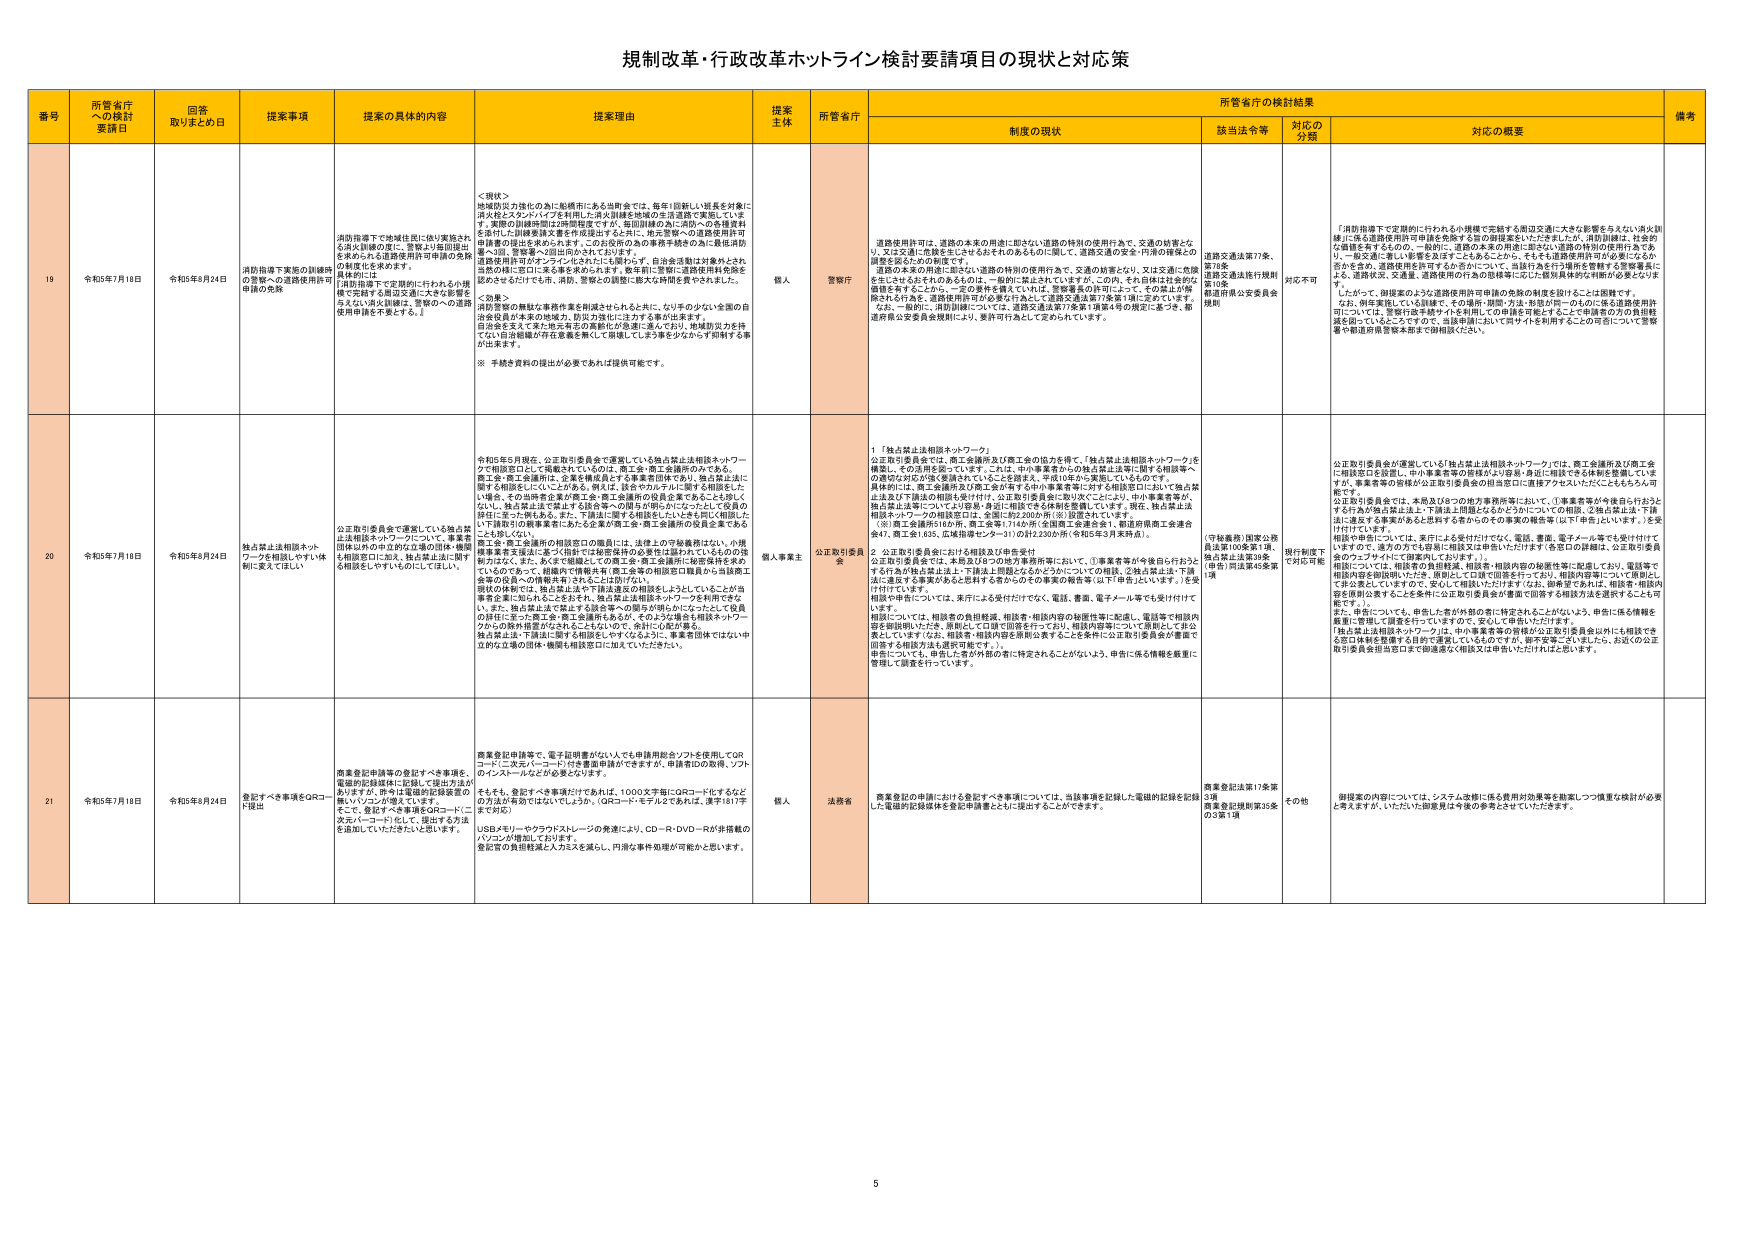
規制改革・行政改革ホットライン検討要請項目の現状と対応策

番号 所管省庁への検討要請日 回答取りまとめ日 提案事項 提案の具体的内容 提案理由 提案主体 所管省庁 制度の現状 所管省庁の検討結果 備考
該当法令等 対応の分類 対応の概要

19 令和5年7月18日 令和5年8月24日 消防指導下実施の訓練時の警察への道路使用許可申請の免除 消防指導下実施の訓練時 6県4市からも道路使用許可申請の免除 の制度化を求める。 具体的には 「消防指導下で定期的に行われる小規模で実施する周辺交通に大きな影響を与えない消防訓練は、警察への道路使用申請を不要とする。」 ＜現状＞ 地域防災力強化の為に船橋市にある出町会では、毎年1回新しい班長を対象に 消火栓とスタンドパイプを利用した消火訓練を地域の生活道路で実施しています。実際の訓練時間は2時間程度ですが、毎回訓練の為に消防への各種資料を添付した訓練要請文書を作成提出する以外、特に警察への道路使用許可申請書の提出を求められます。この主役の為の各種手続をの為に最低通勤費+1回、警察署へ2回出向かなければなりません。 道路使用許可がずラリとされたりも関係なく、自治会活動は対象外とされ た場合、消防指導下で実施する訓練は、警察への道路使用許可申請の免除を認めさせなければなりません。消防、警察との調整に膨大な時間を費やされ、また、 ＜効果＞ 消防警察の無駄な事務作業を削減させられると共に、なり手の少ない全国の自治会役員が本来の地域力、防災力強化に注力する事が出来ます。 自治会を支えて来た地元有志の英断にが急速に進んでおり、地域防災力を持てない自治体職が存在を無視を無くして崩壊してしまう事を少なくなり抑制する事が出来ます。 ※ 手続き資料の提出が必要であれば提供可能です。 個人 警察庁 道路使用許可は、道路の本来の用途に即さない道路の特別の使用行為で、交通の妨害とな り、又は交通に悪影響を生じさせるおそれのあるものに関して、道路交通の安全・円滑の確保上の 調整を図るための制度です。 道路の本来の用途に即さない道路の特別の使用行為で、交通の妨害となり、又は交通に危険 を生じさせるおそれのあるものは、一般的に禁止されていますが、この内、それ自体は社会的な 傷害を有するにかかわらず、一定の要件を備えていれば、警察署長の許可によって、その禁止が解 除される行為を、道路使用許可が必要な行為として道路交通法第77条第1項に定めています。 なお、一般的に、消防訓練については、道路交通法第77条第1項第4号の規定に基づき、都 道府県公安委員会規則により、免許が可能として定められています。 道路交通法第77条、 第78条 道路交通法施行規則 第10条 都道府県公安委員会 規則 対応不可 「消防指導下で定期的に行われる小規模で実施する周辺交通に大きな影響を与えない消火訓練」に係る道路使用許可申請を免除する旨の制度案をいただきましたが、消防訓練は、社会的な傷害を有するものの一一般的に、道路の本来の用途に即さない道路の特別の使用行為であり、一般交通に著しい影響を及ぼすこともあることから、それらを道路使用許可が必要になるか否かを含め、道路使用を許可するか否かについて、当該行為を行う機関を管轄する警察署長による、道路状況、交通量、道路使用の行為の態様等に応じた個別具体的な判断が必要となります。 したがって、現提案のような道路使用許可申請の免除の制度を設けることは困難です。 なお、例年実施している訓練で、その場所・期間・方法・参加者等一切の心・体と道路使用許可については、警察行政手続サイトを利用しており申請を可能とするごと申請者の方の負担軽減を図っているところですので、当該申請において同サイトを利用することの可否について警察署や都道府県警察本部まで御相談ください。

20 令和5年7月18日 令和5年8月24日 独占禁止法相談ネットワークを相談しやすい体制に変えてほしい 公正取引委員会で運営している独占禁止法相談ネットワークについて、事業者団体以外の独立的な場の団体・機関も相談窓口に加え、独占禁止法に関する相談をしやすいものにしてほしい。 令和5年5月現在、公正取引委員会で運営している独占禁止法相談ネットワークで相談窓口として掲載されているのは、商工会・商工会議所のみである。 商工会・商工会議所は、企業を構成員とする事業者団体であり、独占禁止法に関する相談をしたいたいことがある。例えば、該当やカウンセリングに関する相談をしたいた場合、その当該者企業が商工会・商工会議所の役員企業であることも珍しくない。独占禁止法で禁止する行為をやった団体が相談したいたことについて役員の団体に至った事もある。また、下請法に関する相談をしたい方も相談したいたい。下請取引の紛争案件における企業が商工会・商工会議所の役員企業であることも珍しくない。 商工会・商工会議所の相談窓口の職員には、法律上の守秘義務はない。小規模事業者支援法に基づく指導では秘密保持の必要性は認められているものの現状ではない。また、あくまで相談としての商工会・商工会議所に秘密保持を求めているのであって、相談内で情報共有（商工会等の相談窓口職員から当該商工会等の役員への情報共有）されるとは想定しない。 現状の体制では、独占禁止法や下請法違反の相談をしようとしていることが当事者企業に知られることを防ぎ、独占禁止法相談ネットワークを利用できな い。また、独占禁止法で禁止する行為等への関与が明らかになったことで役員の団体に至った事である。商工会議所もあるが、そのような場合も相談ネットワークからの除外措置がなされることはないので、余計に心配が募る。 独占禁止法、下請法に関する相談をしやすくするために、事業者団体ではない中立的な立場の団体・機関も相談窓口に加えていただきたい。 個人事業主 公正取引委員会 1 「独占禁止法相談ネットワーク」 公正取引委員会では、商工会議所及び商工会の協力を得て、「独占禁止法相談ネットワーク」を構築し、その活用を図っています。これは、中小事業者からの独占禁止法等に関する相談等への対応がより広く速く実施されていることを踏まえ、平成10年から実施しているものです。 具体的には、商工会議所及び商工会の各所々の中小事業者等に対する相談窓口において独占禁止法及び下請法の相談を受け付け、公正取引委員会に取り次ぐことにより、中小事業者等が、独占禁止法等についてより円滑・身近に相談できる体制を整備しています。現在、独占禁止法相談ネットワークの相談窓口は、全国に約2,200か所（※）設置されています。 （※）商工会議所810か所、商工会等1,714か所（全国商工会連合会）、都道府県商工会連合会47、商工会1,635、広域指導センター11の計2,230か所（令和5年5月末時点）。 2 公正取引委員会における相談及び申告受付 公正取引委員会では、本局及び8つの地方事務所等において、①事業者等が今後自ら行おうとする行為が独占禁止法上・下請法上問題となるかどうかについての相談、②独占禁止法・下請法に違反する事実があると思われる者からのその事実の報告等（以下「申告」といいます。）を受け付けています。 相談や申告については、来庁による受付だけでなく、電話、書面、電子メール等でも受け付けています。 相談については、相談者の負担軽減、相談者・相談内容の秘密性等に配慮し、電話等で相談内容を御説明いただき、原則として口頭で回答を行っており、相談内容等について原則として非公開としています（なお、相談者・相談内容を原則とすることを条件に公正取引委員会が書面で回答する相談方法も選択可能です。）。 申告については、申告した者が外部の者に特定されることがないよう、申告に係る情報を厳重に管理して調査を行っています。 （守秘義務）国家公務員法第100条第1項、 独占禁止法第38条 （申告）同法第45条第1項 現行制度で対応可能 公正取引委員会が運営している「独占禁止法相談ネットワーク」では、商工会議所及び商工会に相談窓口を設置し、中小事業者等の相談対応に留意・負担に相談できる体制を整備していますが、事業者等の団体が公正取引委員会の担当窓口に直接アクセスしたにもかかわらず、 公正取引委員会では、本局及び8つの地方事務所等において、①事業者等が今後自ら行おうとする行為が独占禁止法上・下請法上問題となるかどうかについての相談、②独占禁止法・下請法に違反する事実があると思われる者からのその事実の報告等（以下「申告」といいます。）を受け付けています。 相談や申告については、来庁による受付だけでなく、電話、書面、電子メール等でも受け付けていますので、通力の方でも容易に相談又は申告いただけます（各窓口の詳細は、公正取引委員会のウェブサイトにて御案内しております。）。 相談については、相談者の負担軽減、相談者・相談内容の秘密性等に配慮しており、電話等で相談内容を御説明いただき、原則として口頭で回答を行っており、相談内容等について原則として非公開としていますので、安心して相談いただけます（なお、相談者であれば、相談者・相談内容を原則とすることを条件に公正取引委員会が書面で回答する相談方法も選択することも可能です。）。 また、申告については、申告した者が外部の者に特定されることがないよう、申告に係る情報を厳重に管理して調査を行っていますので、安心して申告いただけます。 「独占禁止法相談ネットワーク」は、中小事業者等の皆様が公正取引委員会以外にも相談できる窓口体制を整備する目的で運営しているものですが、御不安等ございましたら、お近くの公正取引委員会担当窓口まで御連絡で（相談又は申告いただければと思います。

21 令和5年7月18日 令和5年8月24日 登記すべき事項をQRコード提出 商業登記申請等の登記すべき事項を、電磁的記録媒体に記録して提出方法がありますが、昨今は電磁的記録装置の無いパソコンが増えています。 そこで、登記すべき事項をQRコードに次元バーコードにして、提出する方法を追加していただきたいと思います。 商業登記申請等で、電子届出事項がなければ、もも申請用紙をソフトを使用してQRコードに次元バーコード付き電磁媒体で送りますが、申請書IDの取得、ソフトのインストールなどが必要となります。 そもそも、登記すべき事項だけであれば、1000文字用にQRコード化するなどの方は方が有効ではないでしょうか。（QRコード化する2つあれば、漢字181字まで対応） USBメモリーやクラウドストレージの発達により、CD-R・DVD-Rが非搭載のパソコンの増加しております。 登記者の負担軽減と人カスを減らし、円滑な事件処理が可能かと思います。 個人 法務省 商業登記の申請における登記すべき事項については、当該事項を記録した電磁的記録を記録した電磁的記録媒体を登記申請書とともに提出することができます。 商業登記法第17条第3項 商業登記規則第35条の3第1項 その他 御提案の内容については、システムや紙に係る費用対効果等を勘案しつつ慎重な検討が必要と考えますが、いただいた御提案は今後の参考とさせていただきます。

5